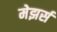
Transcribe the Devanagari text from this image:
मेझर्स